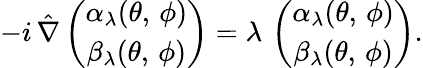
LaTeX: -i\, \hat{\nabla}\left(\begin{array}{c}{{\alpha_{\lambda}(\theta,\, \phi)}}\\ {{\beta_{\lambda}(\theta,\, \phi)}}\end{array}\right)=\lambda\, \left(\begin{array}{c}{{\alpha_{\lambda}(\theta,\, \phi)}}\\ {{\beta_{\lambda}(\theta,\, \phi)}}\end{array}\right).